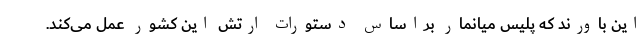
این باورند که پلیس میانمار براساس دستورات ارتش این کشور عمل می‌کند.